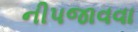
નીપજાવવા